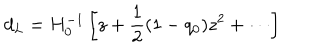
d _ { L } = H _ { 0 } ^ { - 1 } \left[ z + \frac { 1 } { 2 } ( 1 - q _ { 0 } ) z ^ { 2 } + \cdots \right]